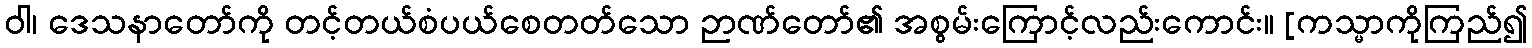
ဝါ၊ ဒေသနာတော်ကို တင့်တယ်စံပယ်စေတတ်သော ဉာဏ်တော်၏ အစွမ်းကြောင့်လည်းကောင်း။ [ကသ္မာကိုကြည်၍